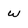
Character: W